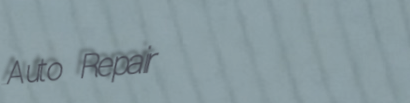
Auto Repair